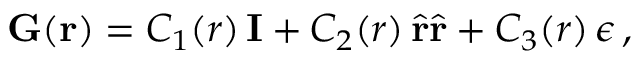
\mathbf { G } ( \mathbf { r } ) = C _ { 1 } ( r ) \, \mathbf { I } + C _ { 2 } ( r ) \, \hat { \mathbf { r } } \hat { \mathbf { r } } + C _ { 3 } ( r ) \, \boldsymbol { \epsilon } \, ,